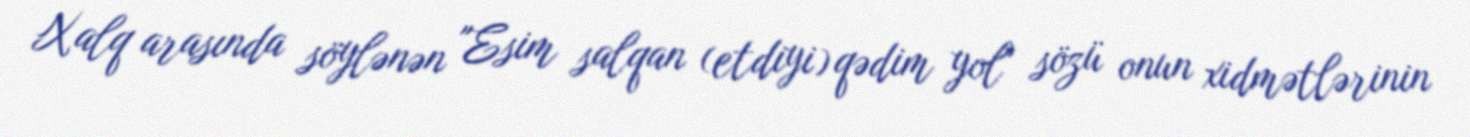
Xalq arasında söylənən "Esim salqan (etdiyi) qədim yol" sözü onun xidmətlərinin